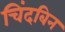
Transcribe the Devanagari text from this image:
चिंदबिन